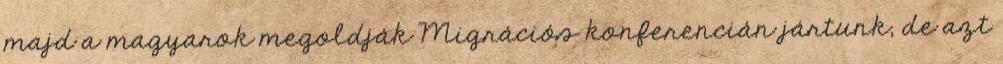
majd a magyarok megoldják Migrációs konferencián jártunk, de azt